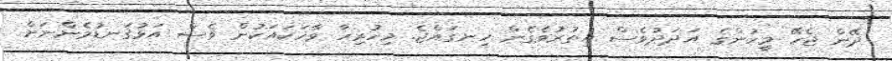
ދޭން ޖެހޭ މީހުންގެ އަދަދުވެސް އިތުރުވެގެން ހިނގައްޖެ. މިހުރިހާ ވާހަކައަކުން ވެސް އަޅުގަނޑުމެންނަށް